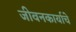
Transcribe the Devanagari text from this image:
जीवनकार्याचे